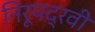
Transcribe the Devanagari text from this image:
निरूपद्रवी